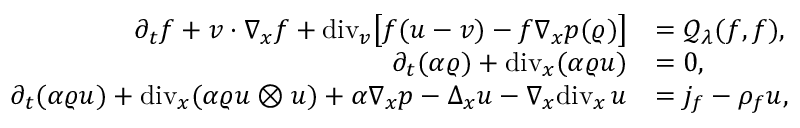
\begin{array} { r l } { \partial _ { t } f + v \cdot \nabla _ { x } f + \mathrm { d i v } _ { v } \big [ f ( u - v ) - f \nabla _ { x } p ( \varrho ) \big ] } & { = \mathcal { Q } _ { \lambda } ( f , f ) , } \\ { \partial _ { t } ( \alpha \varrho ) + \mathrm { d i v } _ { x } ( \alpha \varrho u ) } & { = 0 , } \\ { \partial _ { t } ( \alpha \varrho u ) + \mathrm { d i v } _ { x } ( \alpha \varrho u \otimes u ) + \alpha \nabla _ { x } p - \Delta _ { x } u - \nabla _ { x } \mathrm { d i v } _ { x } \, u } & { = j _ { f } - \rho _ { f } u , } \end{array}